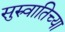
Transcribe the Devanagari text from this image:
सुरुवातिच्या